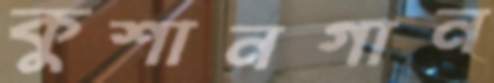
কুশানগান